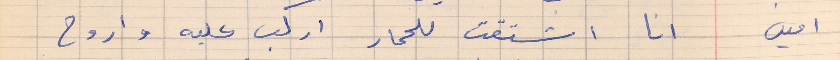
امين        انا اشتقت للحمار اركب عليه واروح